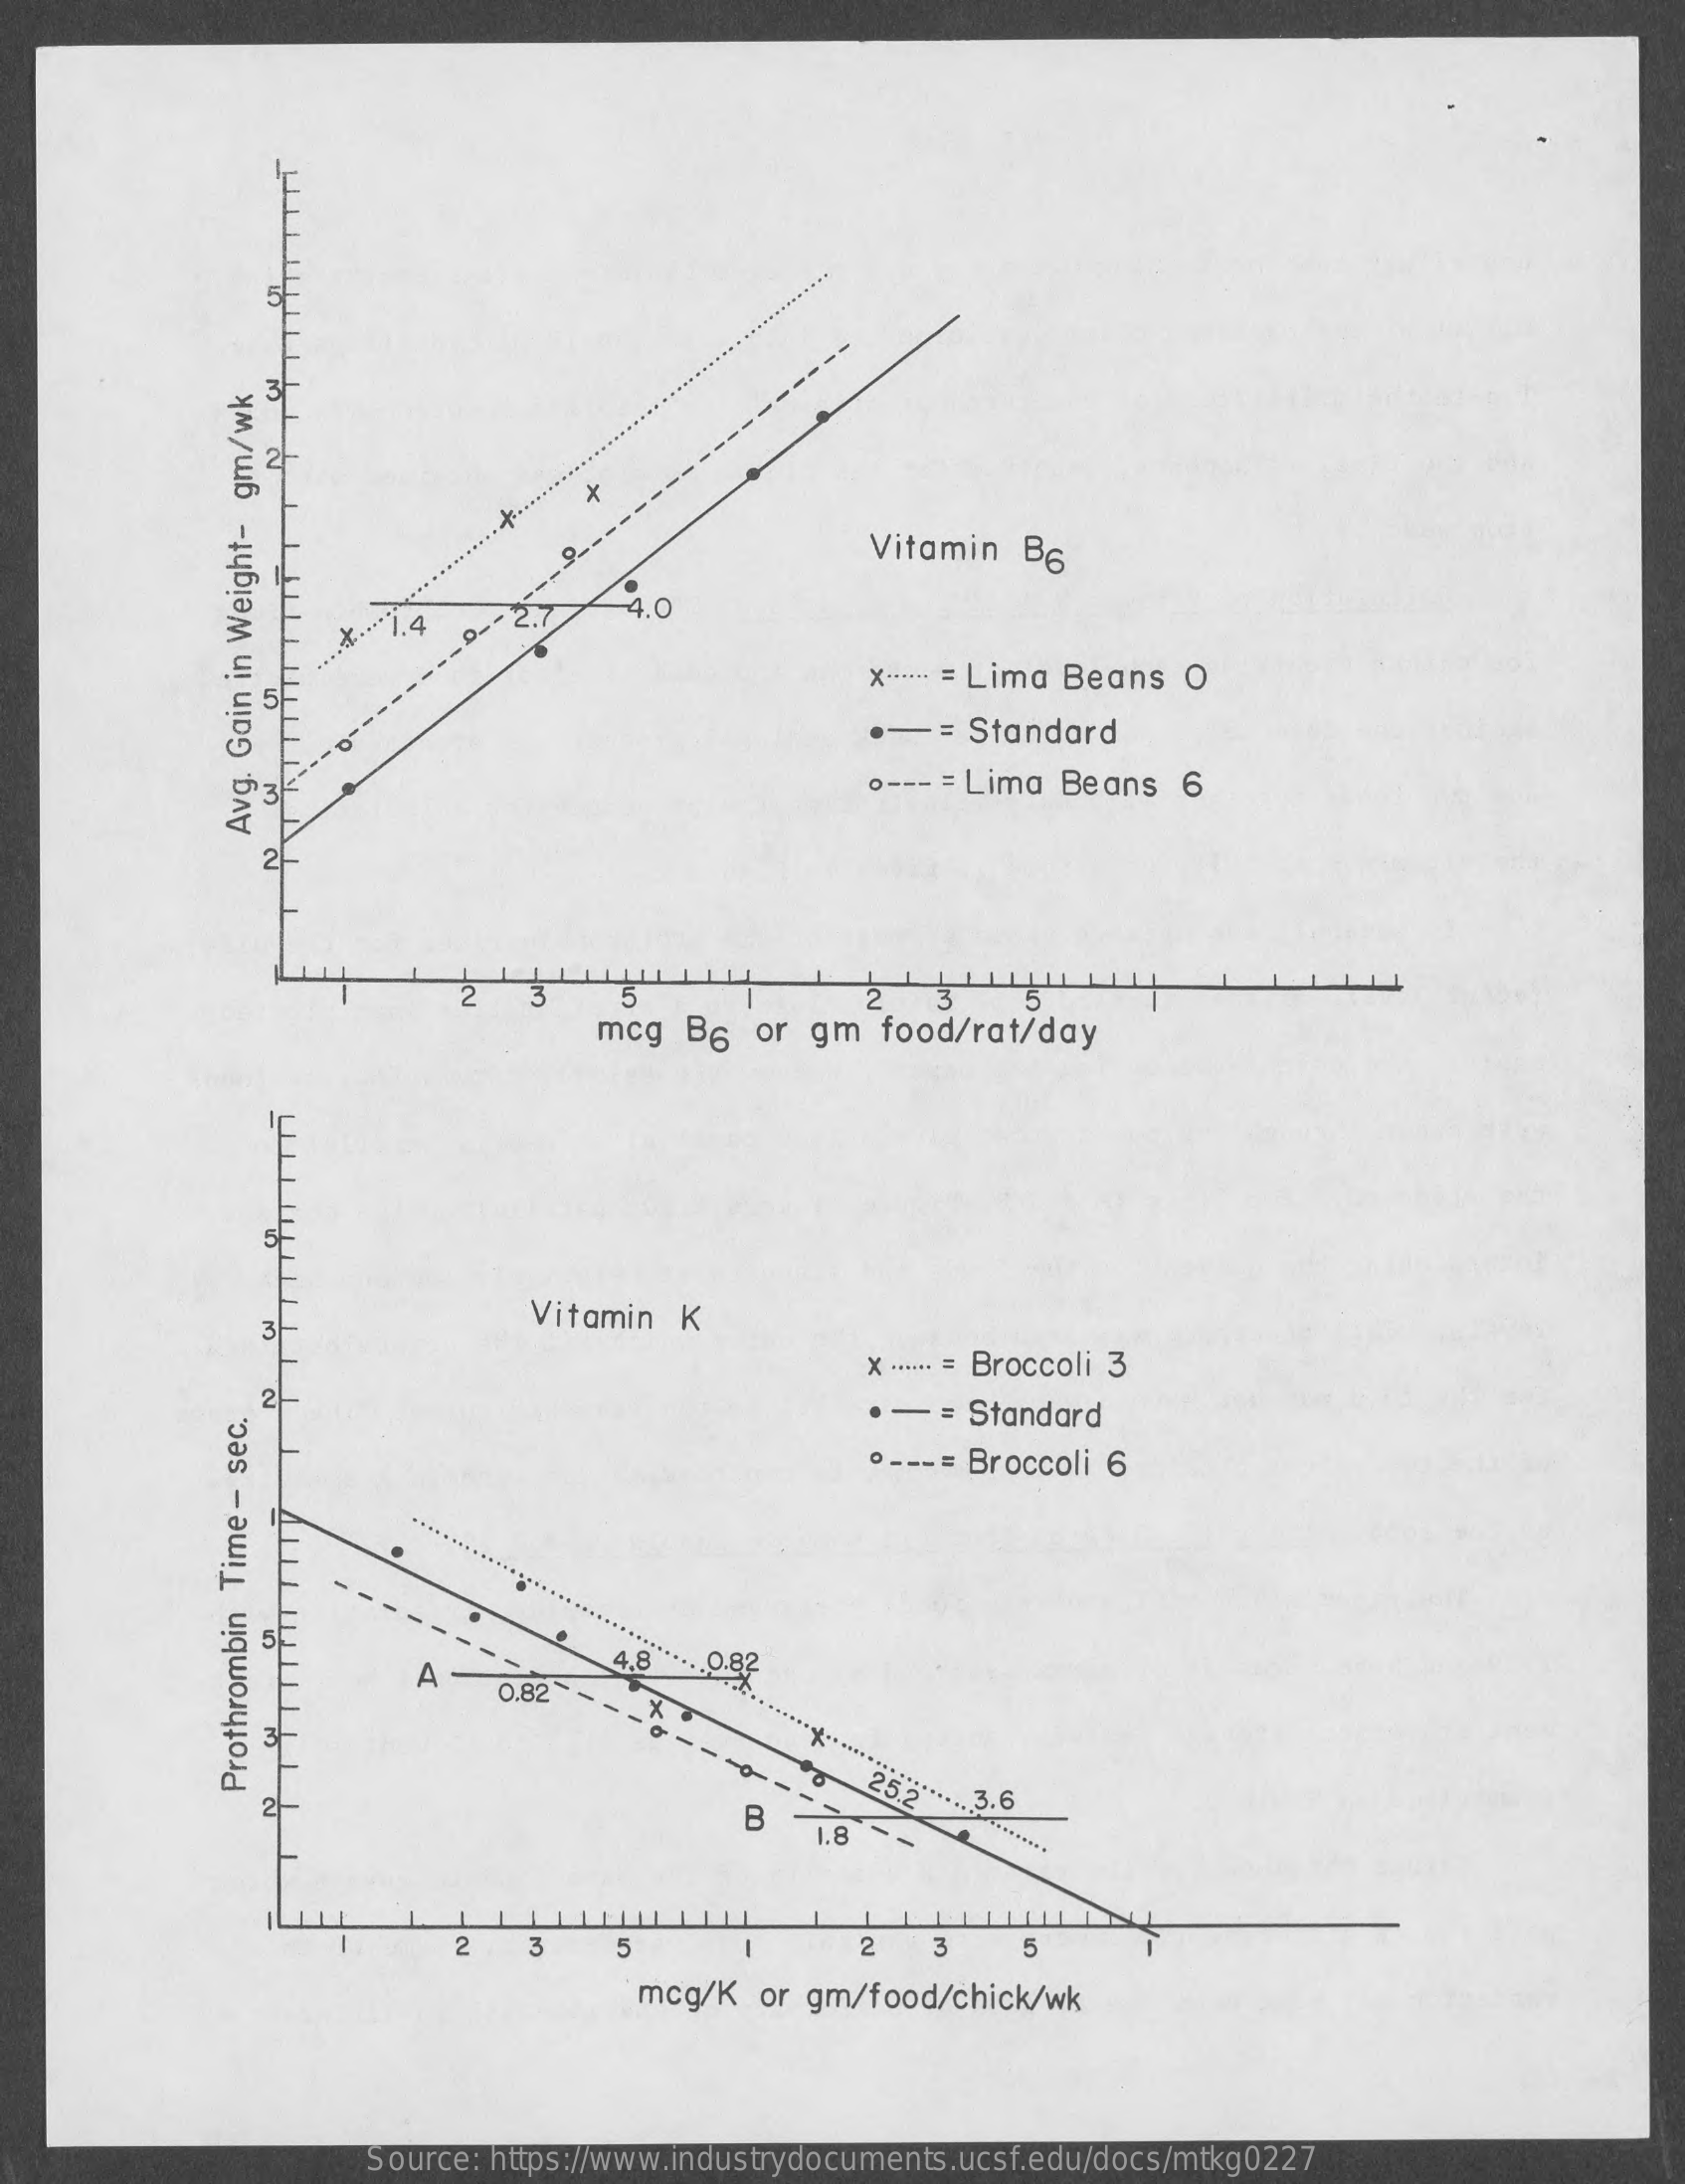
.........
     : 2-
     Vitamin  B6
     -4.0
     x -····· = Lima Beans O
     -=   Standard
     o --- = Lima Beans  6
     Avg.
     Gain
     in
     Weight-
     gm/wk
     2
     mcg   B6  or gm   food/rat/day
     Vitamin  K 3
     x ....** = Broccoli 3
     -   = Standard
     o ---= Broccoli 6
     5
     A
     4.8   .0.82
     0,82 ---
     ----
     -0-
     25.2"
     B
     Prothrombin
     Time
     -
     sec.
     1.8
     2    3    5    2   3    5
     mcg/K  or gm/food/chick/wk
     Source: https://www.industrydocuments.ucsf.edu/docs/mtkg0227